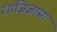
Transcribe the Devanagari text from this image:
रंगजिज्ञासा